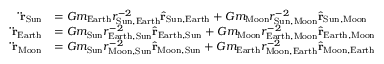
{ \begin{array} { r l } { \mathbf { \ddot { r } } _ { \mathrm { S u n } } } & { = G m _ { \mathrm { E a r t h } } r _ { { \mathrm { S u n } } , { \mathrm { E a r t h } } } ^ { - 2 } { \hat { \mathbf { r } } } _ { { \mathrm { S u n } } , { \mathrm { E a r t h } } } + G m _ { \mathrm { M o o n } } r _ { { \mathrm { S u n } } , { \mathrm { M o o n } } } ^ { - 2 } { \hat { \mathbf { r } } } _ { { \mathrm { S u n } } , { \mathrm { M o o n } } } } \\ { \mathbf { \ddot { r } } _ { \mathrm { E a r t h } } } & { = G m _ { \mathrm { S u n } } r _ { { \mathrm { E a r t h } } , { \mathrm { S u n } } } ^ { - 2 } { \hat { \mathbf { r } } } _ { { \mathrm { E a r t h } } , { \mathrm { S u n } } } + G m _ { \mathrm { M o o n } } r _ { { \mathrm { E a r t h } } , { \mathrm { M o o n } } } ^ { - 2 } { \hat { \mathbf { r } } } _ { { \mathrm { E a r t h } } , { \mathrm { M o o n } } } } \\ { \mathbf { \ddot { r } } _ { \mathrm { M o o n } } } & { = G m _ { \mathrm { S u n } } r _ { { \mathrm { M o o n } } , { \mathrm { S u n } } } ^ { - 2 } { \hat { \mathbf { r } } } _ { { \mathrm { M o o n } } , { \mathrm { S u n } } } + G m _ { \mathrm { E a r t h } } r _ { { \mathrm { M o o n } } , { \mathrm { E a r t h } } } ^ { - 2 } { \hat { \mathbf { r } } } _ { { \mathrm { M o o n } } , { \mathrm { E a r t h } } } } \end{array} }